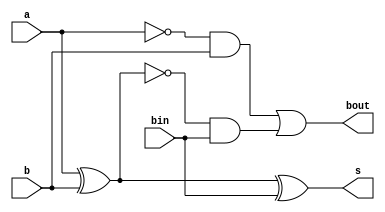
module FS(input a,b,bin,output s,bout);
  assign s=a^b^bin;
  assign bout=(~a&b)|~(a^b)&bin;
endmodule